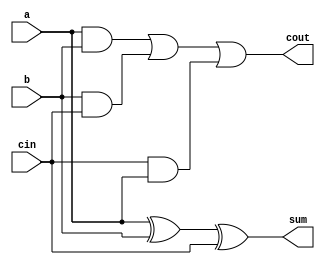
// Full Adder
// Created by Nitheesh Kumar - Aug 02 2020

module full_adder (
	input a,b,cin,
	output sum,cout);

assign sum = a ^ b ^ cin;
assign cout = (a & b) | (b & cin) | (cin & a);

endmodule